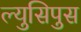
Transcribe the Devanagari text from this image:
ल्युसिपुस